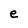
Character: e